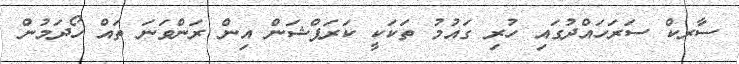
ސާރކް ސަރަހައްދުގައި ހުރި ގައުމު ތަކަކީ ކަރަޕްޝަން އިން ރަންވަނަ ތައް ހޯދަމުން